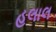
હલાલ